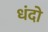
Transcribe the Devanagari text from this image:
धंदो